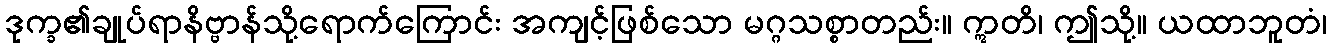
ဒုက္ခ၏ချုပ်ရာနိဗ္ဗာန်သို့ရောက်ကြောင်း အကျင့်ဖြစ်သော မဂ္ဂသစ္စာတည်း။ ဣတိ၊ ဤသို့။ ယထာဘူတံ၊